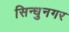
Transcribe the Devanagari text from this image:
सिन्धुनगर